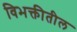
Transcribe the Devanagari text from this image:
विभक्तीतील